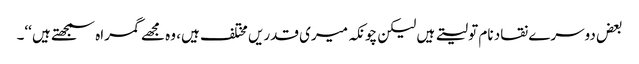
بعض دوسرے نقاد نام تو لیتے ہیں لیکن چونکہ میری قدریں مختلف ہیں، وہ مجھے گمراہ سمجھتے ہیں ‘‘۔